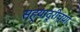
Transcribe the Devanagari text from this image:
सह्याद्रीच्‍या